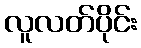
လူလတ်ပိုင်း